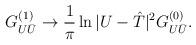
LaTeX: \begin{align*}G_{U {\bar U}}^{(1)} \rightarrow \frac{1}{\pi} \ln |U- {\hat T}|^2G_{U{\bar U}}^{(0)}.\end{align*}